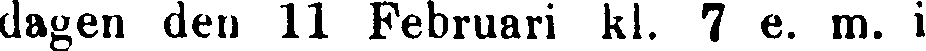
dagen den 11 Februari kl. 7 e. m. i